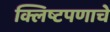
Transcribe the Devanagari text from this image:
क्लिष्टपणाचे